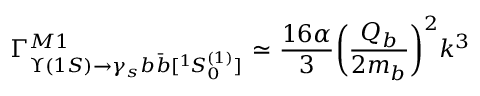
{ \Gamma } _ { \Upsilon ( 1 S ) { \rightarrow } \gamma _ { s } b \bar { b } [ { } ^ { 1 } \! S _ { 0 } ^ { ( 1 ) } ] } ^ { M 1 } \ { \simeq } \ \frac { 1 6 \alpha } { 3 } \biggl ( \frac { Q _ { b } } { 2 m _ { b } } \biggr ) ^ { 2 } k ^ { 3 }